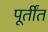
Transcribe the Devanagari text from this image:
पूर्तींत